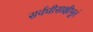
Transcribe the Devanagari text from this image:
सर्वधीसाक्षीभूतं